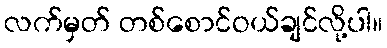
လက်မှတ် တစ်စောင်ဝယ်ချင်လို့ပါ။